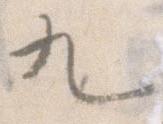
九